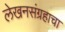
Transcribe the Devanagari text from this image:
लेखनसंग्रहाचा